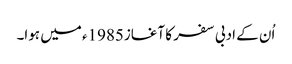
اُن کے ادبی سفر کا آغاز1985ء میں ہوا۔